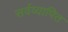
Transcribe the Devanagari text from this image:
सर्वव्यापित